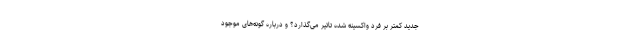
جدید کمتر بر فرد واکسینه شده تاثیر می‌گذارد؟ و درباره گونه‌های موجود